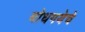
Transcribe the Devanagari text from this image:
बोधगयेचे